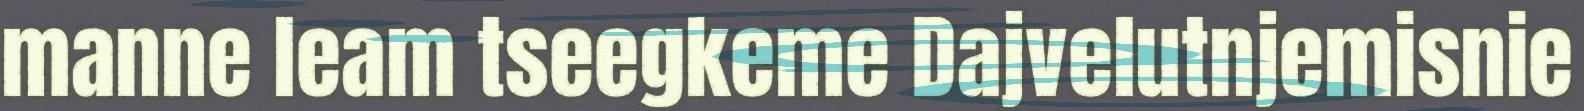
manne leam tseegkeme Dajvelutnjemisnie